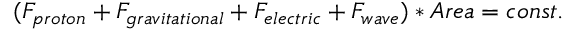
( F _ { p r o t o n } + F _ { g r a v i t a t i o n a l } + F _ { e l e c t r i c } + F _ { w a v e } ) * A r e a = c o n s t .